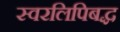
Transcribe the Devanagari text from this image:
स्वरलिपिबद्ध